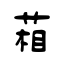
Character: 葙